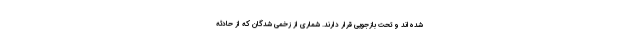
شده‌اند و تحت بازجویی قرار دارند. شماری از زخمی شدگان که از حادثه